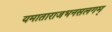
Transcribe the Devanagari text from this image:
यमाताराजभनसलगम्